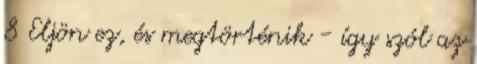
8 Eljön ez, és megtörténik - így szól az